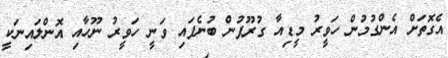
އެގޮތަށް އެންގުމުން ހަވީރު މީޑިއާ ގުރޫޕުން ބުނެފައި ވަނީ ހަވީރު ނޫހާއި އޮންލައިނަކީ